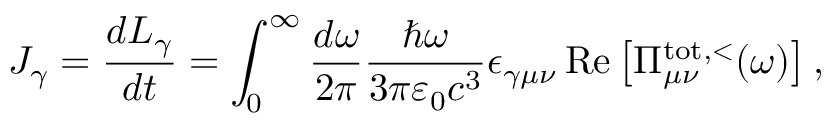
J _ { \gamma } = \frac { d L _ { \gamma } } { d t } = \int _ { 0 } ^ { \infty } \frac { d \omega } { 2 \pi } \frac { \hbar \omega } { 3 \pi \varepsilon _ { 0 } c ^ { 3 } } \epsilon _ { \gamma \mu \nu } \operatorname { R e } \left[ \Pi _ { \mu \nu } ^ { \mathrm { t o t } , < } ( \omega ) \right] ,